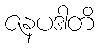
ဇနပဒါတိ